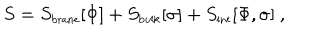
S = S _ { \mathrm { { \small b r a n e } } } [ \Phi ] + S _ { \mathrm { \small b u l k } } [ \sigma ] + S _ { \mathrm { { \small i n t } } } [ \Phi , \sigma ] ~ ,